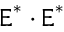
\boldsymbol { \mathrm { E } } ^ { * } \cdot \boldsymbol { \mathrm { E } } ^ { * }